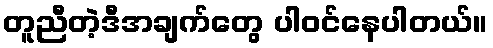
တူညီတဲ့ဒီအချက်တွေ ပါဝင်နေပါတယ်။